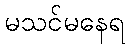
မသင်မနေရ